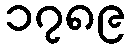
၁၇၈၉